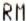
RM